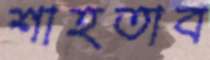
শাহতাব